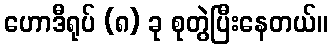
ဟောဒီရုပ် (၈) ခု စုတွဲပြီးနေတယ်။